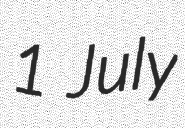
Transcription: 1 July